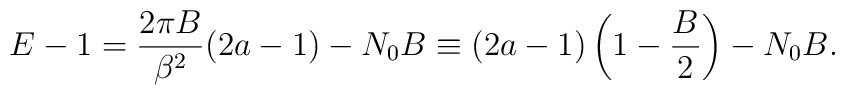
E-1=  \frac{2\pi B}{\beta^2}(2a-1)-N_0 B\equiv (2a-1) \left(1-\frac{B}{2}\right)-N_0 B.